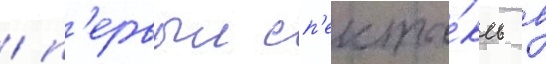
/ п'ервыи сп'екта́кль в